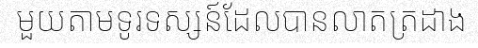
មួយតាមទូរទស្សន៍ដែលបានលាតត្រដាង